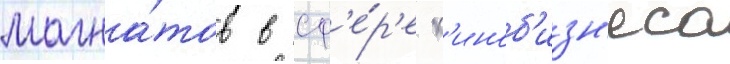
магна́тов в сф'е́р'е к'иноб'изн'еса